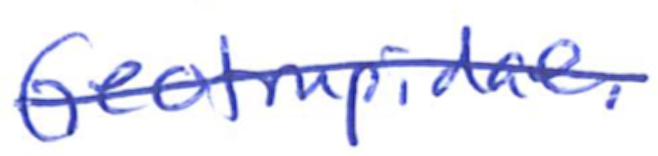
Text: Geotrupidae.
Cross-out: single-line
Writing tool: ballpoint